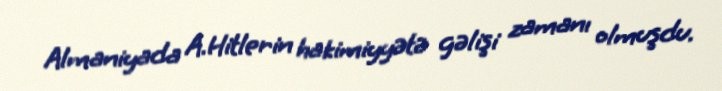
Almaniyada A.Hitlerin hakimiyyətə gəlişi zamanı olmuşdu.